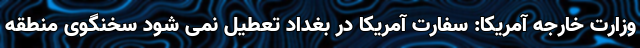
وزارت خارجه آمریکا: سفارت آمریکا در بغداد تعطیل نمی شود سخنگوی منطقه